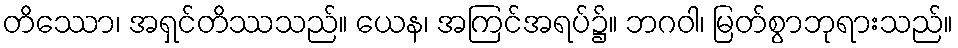
တိဿော၊ အရှင်တိဿသည်။ ယေန၊ အကြင်အရပ်၌။ ဘဂဝါ၊ မြတ်စွာဘုရားသည်။